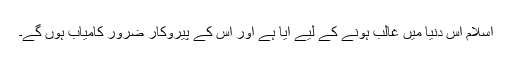
اسلام اس دنیا میں غالب ہونے کے لیے آیا ہے اور اس کے پیروکار ضرور کامیاب ہوں گے۔